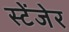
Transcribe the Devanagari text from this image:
स्टेंजेर